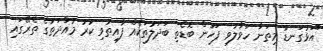
"އަޅުގަނޑު މިތަނާ ހަވާލުވި ފަހުން ބޮޑެތި ބަދަލުތަކެއް ފާއިތުވި ކުރު މުއްދަތުގެ ތެރޭގައި